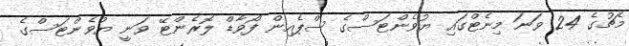
މެޗުގެ 24 ވަނަ މިނެޓްގައި ޔުވެންޓަސްގެ ސްޕެއިން ފޯވާޑް ލޮރެންޓޭ ވަނީ ޔުވެންޓަސްގެ